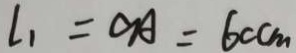
l _ { 1 } = O A = 6 c m